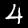
Digit: 4